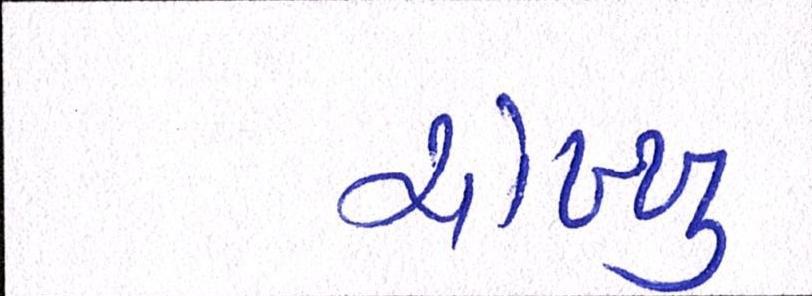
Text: ચોખ્ખુ